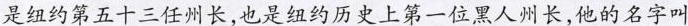
是纽约第五十三任州长，也是纽约历史上第一位黑人州长，他的名字叫